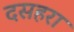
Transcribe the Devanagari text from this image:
दसहरा